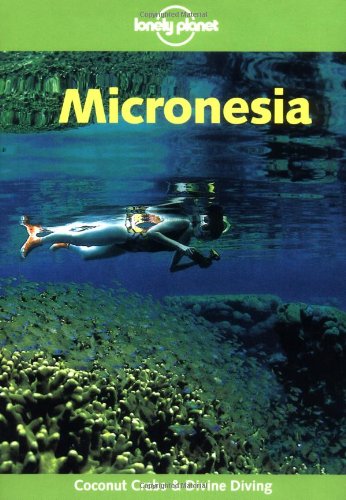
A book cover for Lonely Planet Micronesia; Kate Galbraith; Travel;